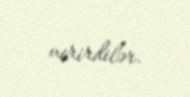
verirdilər.